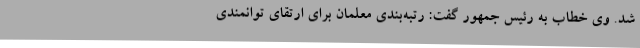
شد. وی خطاب به رئیس جمهور گفت: رتبه‌بندی معلمان برای ارتقای توانمندی